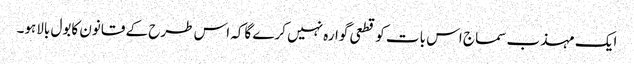
ایک مہذب سماج اس بات کوقطعی گوارہ نہیں کرے گاکہ اس طرح کے قانون کابول بالاہو۔